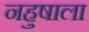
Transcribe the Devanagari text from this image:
नहुषाला